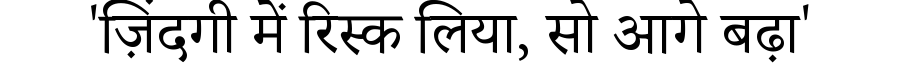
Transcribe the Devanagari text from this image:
'ज़िंदगी में रिस्क लिया, सो आगे बढ़ा'